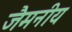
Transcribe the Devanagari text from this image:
जैमनीय